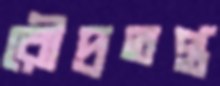
রৌদ্রতপ্ত